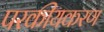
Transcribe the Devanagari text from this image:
परकीयकरण